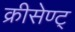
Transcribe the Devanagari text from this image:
क्रीसेण्ट्